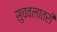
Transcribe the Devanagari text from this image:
सुचवलातरी